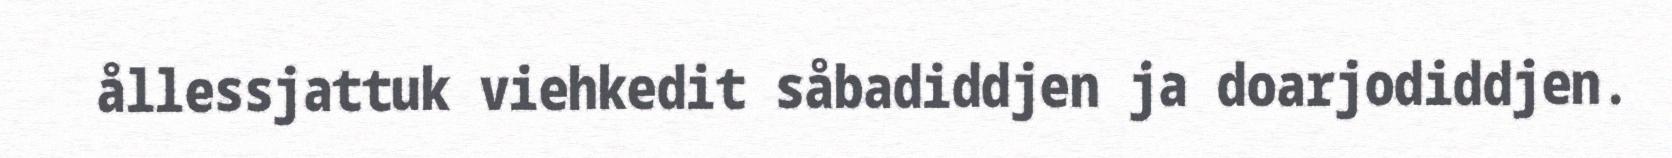
ållessjattuk viehkedit såbadiddjen ja doarjodiddjen.